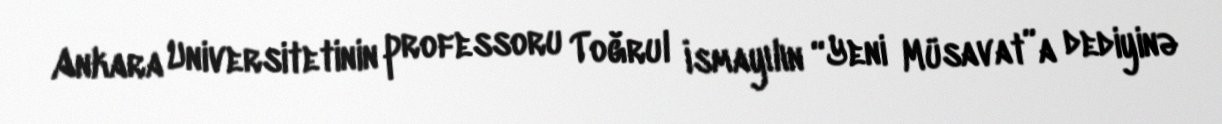
Ankara Universitetinin professoru Toğrul İsmayılın “Yeni Müsavat”a dediyinə